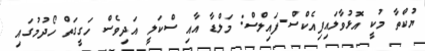
ޔުކްތާ މުކީ އޮޅުވާލައިފިއެކްސް-ފައިލްސް: މަލްޑާ އާއި ސްކަލީ އަދިވެސް ހަގީގަތް ހޯދުމުގައި